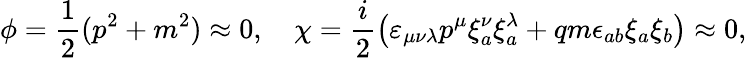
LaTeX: \phi=\frac{1}{2}(p^{2}+m^{2})\approx 0,\quad\chi=\frac{i}{2}\left(\varepsilon_{\mu\nu\lambda}p^{\mu}\xi_{a}^{\nu}\xi_{a}^{\lambda}+qm\epsilon_{ab}\xi_{a}\xi_{b}\right)\approx 0,